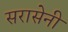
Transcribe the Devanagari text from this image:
सरासेनी